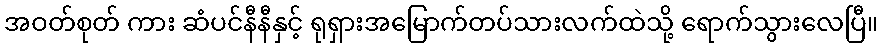
အဝတ်စုတ် ကား ဆံပင်နီနီနှင့် ရုရှားအမြောက်တပ်သားလက်ထဲသို့ ရောက်သွားလေပြီ။